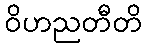
ဝိဟညတီတိ